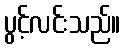
ပွင့်လင်းသည်။